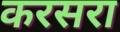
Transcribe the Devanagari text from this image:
करसरा